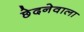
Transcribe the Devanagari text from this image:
छेदनेवाला